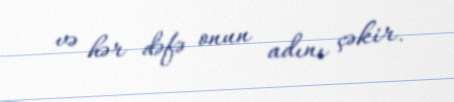
və hər dəfə onun adını çəkir.